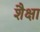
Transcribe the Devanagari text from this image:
शैक्षा